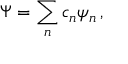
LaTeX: \Psi = \sum _ { n } c _ { n } \psi _ { n } \, ,